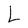
Character: L